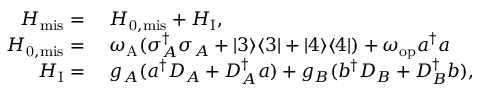
\begin{array} { r l } { H _ { \mathrm { m i s } } = } & { { } ~ H _ { \mathrm { 0 , m i s } } + H _ { \mathrm { I } } , } \\ { H _ { \mathrm { 0 , m i s } } = } & { { } ~ \omega _ { \mathrm { A } } ( \sigma _ { A } ^ { \dagger } \sigma _ { A } + | 3 \rangle \langle 3 | + | 4 \rangle \langle 4 | ) + \omega _ { \mathrm { o p } } a ^ { \dagger } a } \\ { H _ { \mathrm { I } } = } & { { } ~ g _ { A } ( a ^ { \dagger } D _ { A } + D _ { A } ^ { \dagger } a ) + g _ { B } ( b ^ { \dagger } D _ { B } + D _ { B } ^ { \dagger } b ) , } \end{array}